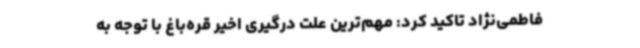
فاطمی‌نژاد تاکید کرد: مهم‌ترین علت درگیری اخیر قره‌باغ با توجه به